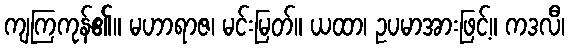
ကျကြကုန်၏။ မဟာရာဇ၊ မင်းမြတ်။ ယထာ၊ ဥပမာအားဖြင့်။ ကဒလီ၊